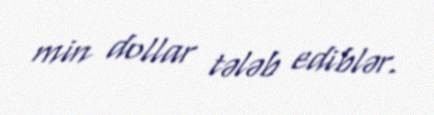
min dollar tələb ediblər.